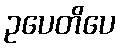
ဥပေတိပေ